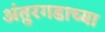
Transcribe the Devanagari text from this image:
अंतुरगडाच्या